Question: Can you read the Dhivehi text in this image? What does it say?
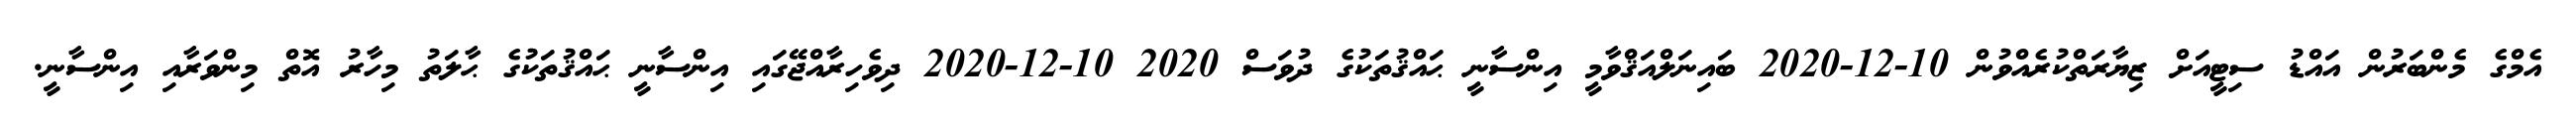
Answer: އެމްގެ މެންބަރުން އައްޑު ސިޓީއަށް ޒިޔާރަތްކުރެއްވުން 10-12-2020 ބައިނަލްއަޤްވާމީ އިންސާނީ ޙައްޤުތަކުގެ ދުވަސް 2020 10-12-2020 ދިވެހިރާއްޖޭގައި އިންސާނީ ޙައްޤުތަކުގެ ޙާލަތު މިހާރު އޮތް މިންވަރާއި އިންސާނީ.